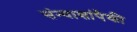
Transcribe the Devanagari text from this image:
संन्याशांपैकी